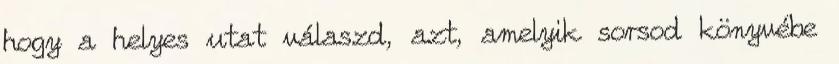
hogy a helyes utat válaszd, azt, amelyik sorsod könyvébe